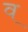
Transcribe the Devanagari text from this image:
व